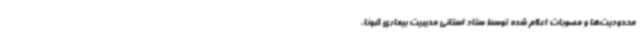
محدودیت‌ها و مصوبات اعلام شده توسط ستاد استانی مدیریت بیماری کرونا،